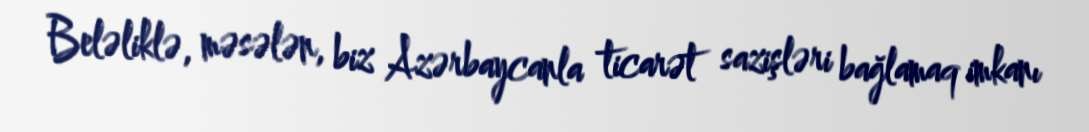
Beləliklə, məsələn, biz Azərbaycanla ticarət sazişləri bağlamaq imkanı